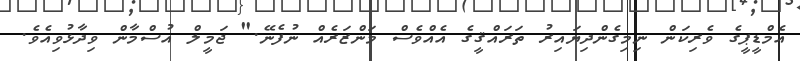
އެމްޑީޕީގެ ވެރިކަން ނިމިގެންދިޔައިރު ތަރައްޤީގެ އެއްވެސް މަންޒަރެއް ނުފެނޭ." ޖަމީލް އުސްމާން ވިދާޅުވިއެވެ.